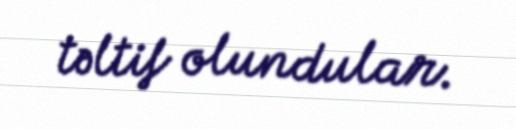
təltif olundular.